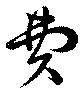
費